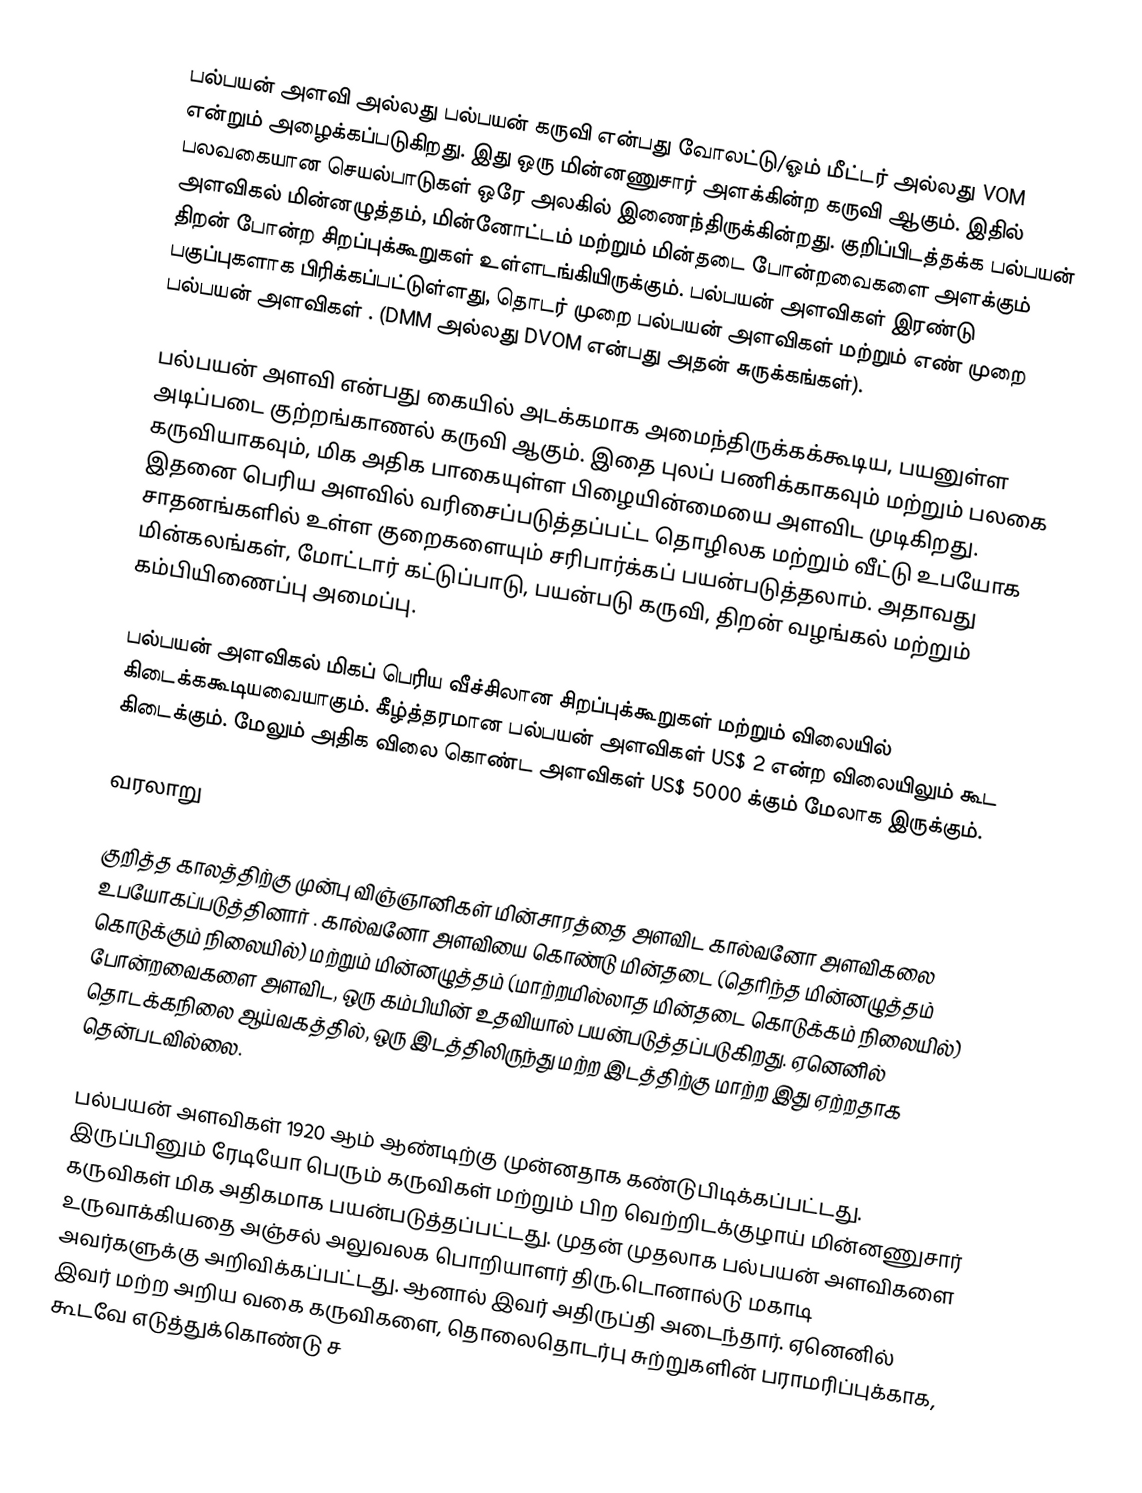
பல்பயன் அளவி  அல்லது பல்பயன் கருவி  என்பது வோலட்டு/ஓம் மீட்டர்  அல்லது VOM  என்றும் அழைக்கப்படுகிறது. இது ஒரு மின்னணுசார் அளக்கின்ற கருவி ஆகும். இதில் பலவகையான செயல்பாடுகள் ஒரே அலகில் இணைந்திருக்கின்றது. குறிப்பிடத்தக்க பல்பயன் அளவிகல் மின்னழுத்தம், மின்னோட்டம் மற்றும் மின்தடை போன்றவைகளை அளக்கும் திறன் போன்ற சிறப்புக்கூறுகள் உள்ளடங்கியிருக்கும். பல்பயன் அளவிகள் இரண்டு பகுப்புகளாக பிரிக்கப்பட்டுள்ளது, தொடர் முறை பல்பயன் அளவிகள்  மற்றும் எண் முறை பல்பயன் அளவிகள் . (DMM  அல்லது DVOM  என்பது அதன் சுருக்கங்கள்).

பல்பயன் அளவி என்பது கையில் அடக்கமாக அமைந்திருக்கக்கூடிய, பயனுள்ள அடிப்படை குற்றங்காணல் கருவி ஆகும். இதை புலப் பணிக்காகவும் மற்றும் பலகை கருவியாகவும், மிக அதிக பாகையுள்ள பிழையின்மையை அளவிட முடிகிறது.  இதனை பெரிய அளவில் வரிசைப்படுத்தப்பட்ட தொழிலக மற்றும் வீட்டு உபயோக சாதனங்களில் உள்ள குறைகளையும் சரிபார்க்கப் பயன்படுத்தலாம். அதாவது மின்கலங்கள், மோட்டார் கட்டுப்பாடு, பயன்படு கருவி, திறன் வழங்கல் மற்றும் கம்பியிணைப்பு அமைப்பு.

பல்பயன் அளவிகல் மிகப் பெரிய வீச்சிலான சிறப்புக்கூறுகள் மற்றும் விலையில் கிடைக்ககூடியவையாகும்.  கீழ்த்தரமான பல்பயன் அளவிகள் US$ 2 என்ற விலையிலும் கூட கிடைக்கும். மேலும் அதிக விலை கொண்ட அளவிகள் US$ 5000 க்கும் மேலாக இருக்கும்.

வரலாறு

குறித்த காலத்திற்கு முன்பு விஞ்ஞானிகள் மின்சாரத்தை அளவிட கால்வனோ அளவிகலை உபயோகப்படுத்தினார் . கால்வனோ அளவியை கொண்டு மின்தடை (தெரிந்த மின்னழுத்தம் கொடுக்கும் நிலையில்) மற்றும் மின்னழுத்தம் (மாற்றமில்லாத மின்தடை கொடுக்கம் நிலையில்) போன்றவைகளை அளவிட, ஒரு கம்பியின் உதவியால் பயன்படுத்தப்படுகிறது. ஏனெனில் தொடக்கநிலை ஆய்வகத்தில், ஒரு இடத்திலிருந்து மற்ற இடத்திற்கு மாற்ற இது ஏற்றதாக தென்படவில்லை.

பல்பயன் அளவிகள் 1920 ஆம் ஆண்டிற்கு முன்னதாக கண்டுபிடிக்கப்பட்டது. இருப்பினும் ரேடியோ பெரும் கருவிகள் மற்றும் பிற வெற்றிடக்குழாய் மின்னணுசார் கருவிகள் மிக அதிகமாக பயன்படுத்தப்பட்டது. முதன் முதலாக பல்பயன் அளவிகளை உருவாக்கியதை அஞ்சல் அலுவலக பொறியாளர் திரு.டொனால்டு மகாடி அவர்களுக்கு அறிவிக்கப்பட்டது. ஆனால் இவர் அதிருப்தி அடைந்தார். ஏனெனில் இவர் மற்ற அறிய வகை கருவிகளை, தொலைதொடர்பு சுற்றுகளின் பராமரிப்புக்காக, கூடவே எடுத்துக்கொண்டு ச